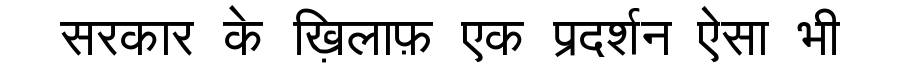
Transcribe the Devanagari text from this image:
सरकार के ख़िलाफ़ एक प्रदर्शन ऐसा भी